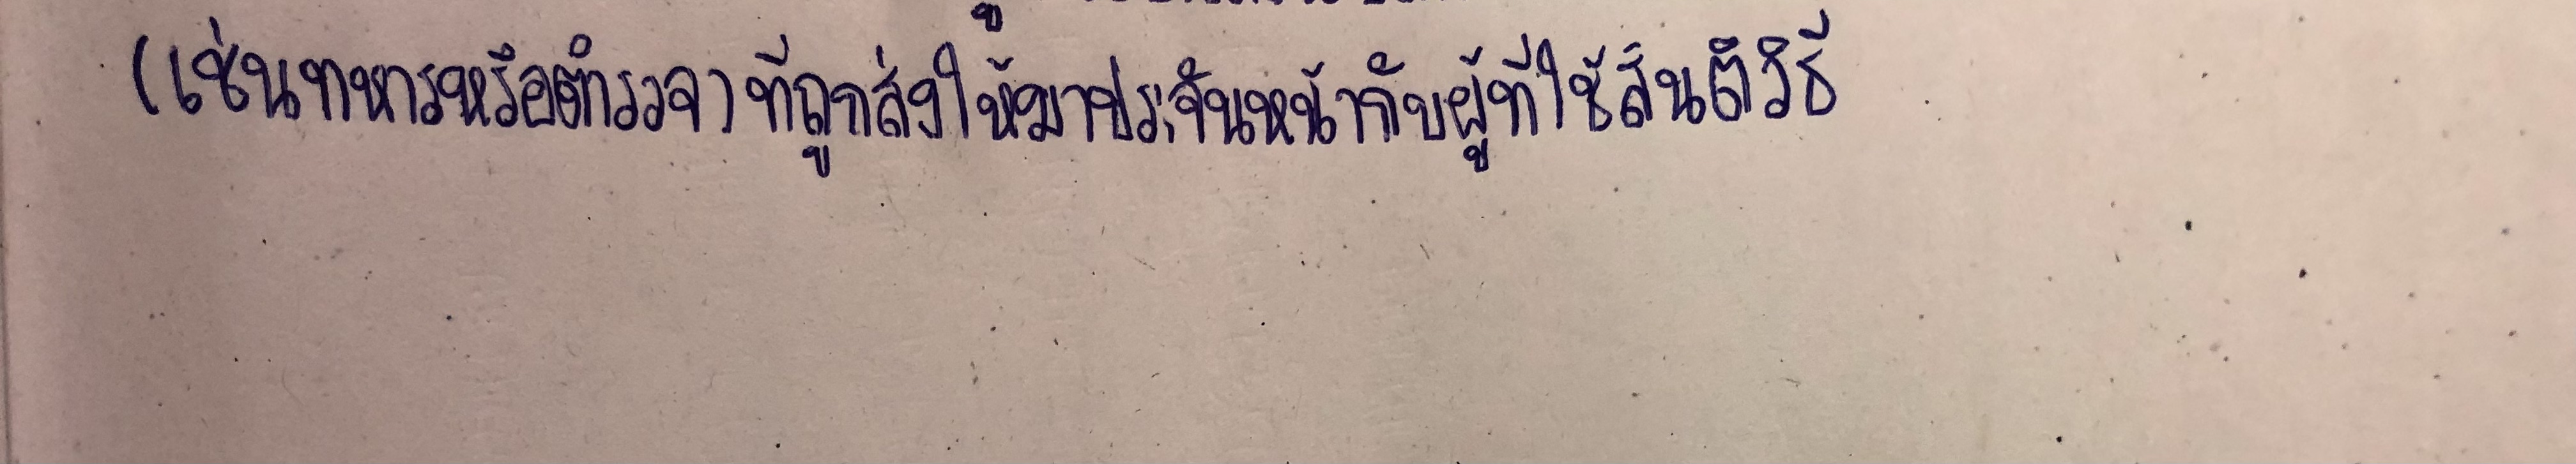
(เช่นทหารหรือตำรวจ)ที่ถูกส่งให้มาประจันหน้ากับผู้ที่ใช้สันติวิธี